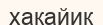
хакайик